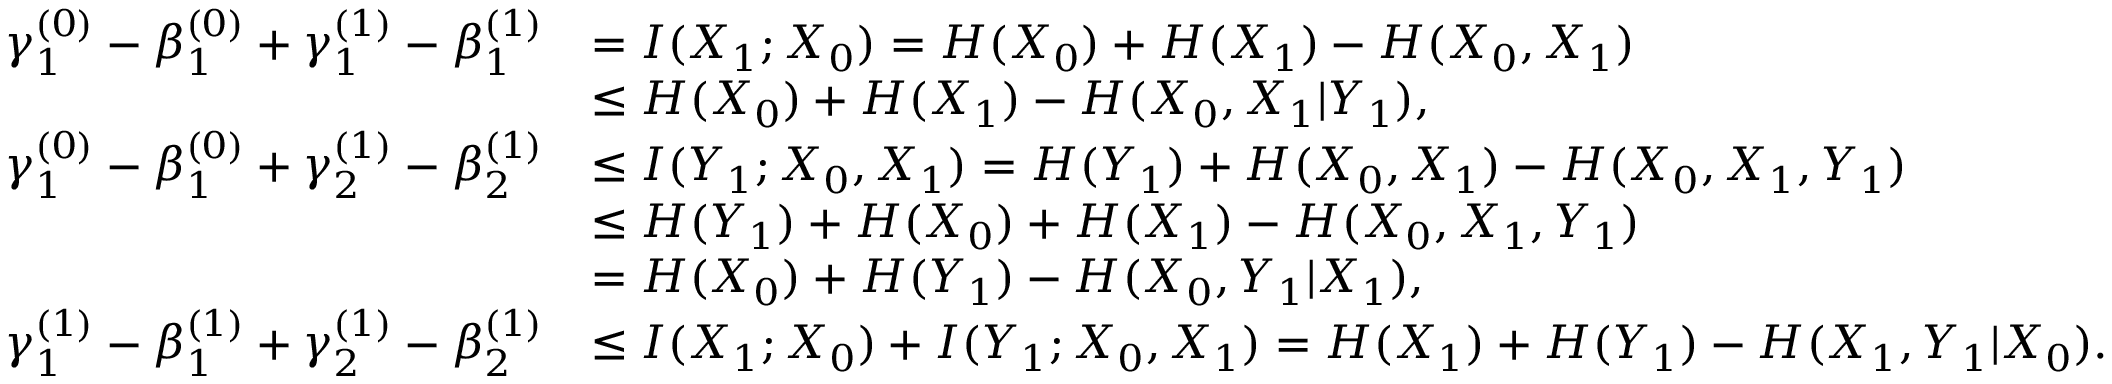
\begin{array} { r l } { \gamma _ { 1 } ^ { ( 0 ) } - \beta _ { 1 } ^ { ( 0 ) } + \gamma _ { 1 } ^ { ( 1 ) } - \beta _ { 1 } ^ { ( 1 ) } } & { = I ( X _ { 1 } ; X _ { 0 } ) = H ( X _ { 0 } ) + H ( X _ { 1 } ) - H ( X _ { 0 } , X _ { 1 } ) } \\ & { \leq H ( X _ { 0 } ) + H ( X _ { 1 } ) - H ( X _ { 0 } , X _ { 1 } | Y _ { 1 } ) , } \\ { \gamma _ { 1 } ^ { ( 0 ) } - \beta _ { 1 } ^ { ( 0 ) } + \gamma _ { 2 } ^ { ( 1 ) } - \beta _ { 2 } ^ { ( 1 ) } } & { \leq I ( Y _ { 1 } ; X _ { 0 } , X _ { 1 } ) = H ( Y _ { 1 } ) + H ( X _ { 0 } , X _ { 1 } ) - H ( X _ { 0 } , X _ { 1 } , Y _ { 1 } ) } \\ & { \leq H ( Y _ { 1 } ) + H ( X _ { 0 } ) + H ( X _ { 1 } ) - H ( X _ { 0 } , X _ { 1 } , Y _ { 1 } ) } \\ & { = H ( X _ { 0 } ) + H ( Y _ { 1 } ) - H ( X _ { 0 } , Y _ { 1 } | X _ { 1 } ) , } \\ { \gamma _ { 1 } ^ { ( 1 ) } - \beta _ { 1 } ^ { ( 1 ) } + \gamma _ { 2 } ^ { ( 1 ) } - \beta _ { 2 } ^ { ( 1 ) } } & { \leq I ( X _ { 1 } ; X _ { 0 } ) + I ( Y _ { 1 } ; X _ { 0 } , X _ { 1 } ) = H ( X _ { 1 } ) + H ( Y _ { 1 } ) - H ( X _ { 1 } , Y _ { 1 } | X _ { 0 } ) . } \end{array}